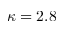
\kappa = 2 . 8